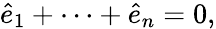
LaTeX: {\widehat{e}}_{1}+\cdots+{\widehat{e}}_{n}=0,